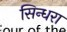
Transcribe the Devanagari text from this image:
सिन्धरा